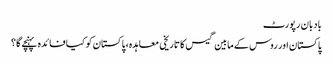
بادبان رپورٹ
پاکستان اور روس کے مابین گیس کا تاریخی معاہدہ، پاکستان کو کیا فائدہ پہنچے گا؟